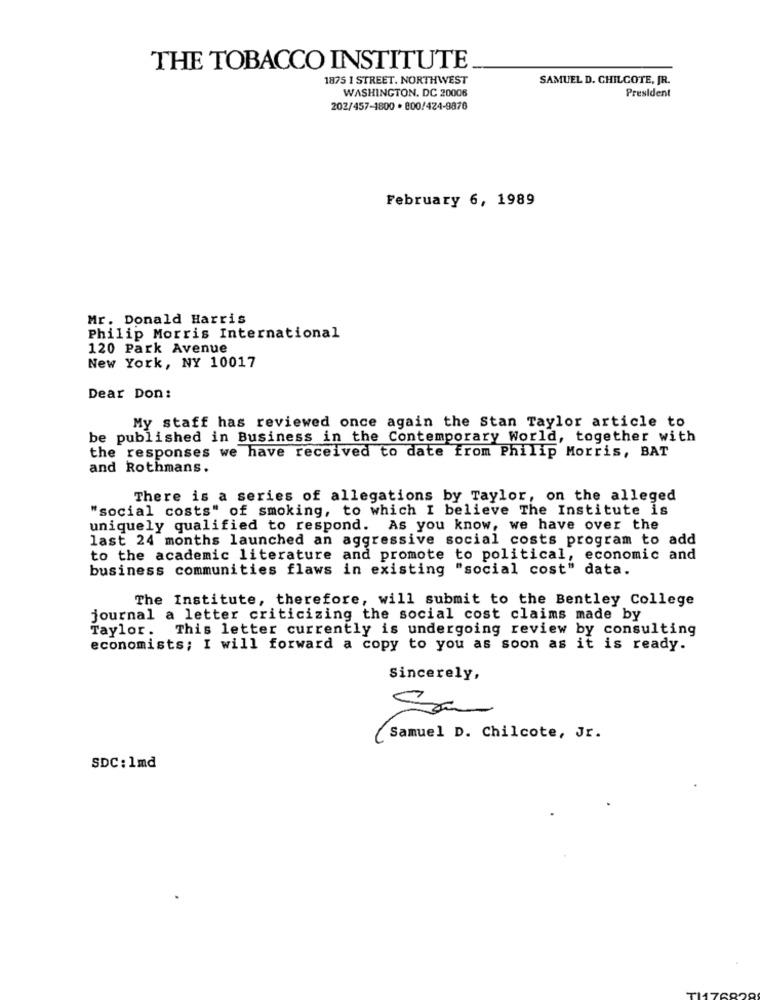
THE TOBACCO INSTITUTE
1875 1 STREET. NORTHWEST
SAMUEL D. CHILCOTE, JR.
WASHINGTON, DC 20006
President
202/457-1800 . 800/424-9876
February 6, 1989
Mr. Donald Harris
Philip Morris International
120 Park Avenue
New York, NY 10017
Dear Don:
My staff has reviewed once again the Stan Taylor article to
be published in Business in the Contemporary World, together with
the responses we have received to date from Philip Morris, BAT
and Rothmans.
There is a series of allegations by Taylor, on the alleged
"social costs" of smoking, to which I believe The Institute is
uniquely qualified to respond. As you know, we have over the
last 24 months launched an aggressive social costs program to add
to the academic literature and promote to political, economic and
business communities flaws in existing "social cost" data.
The Institute, therefore, will submit to the Bentley College
journal a letter criticizing the social cost claims made by
Taylor. This letter currently is undergoing review by consulting
economists; I will forward a copy to you as soon as it is ready.
Sincerely,
Samuel D. Chilcote, Jr.
SDC: 1md